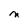
Character: M